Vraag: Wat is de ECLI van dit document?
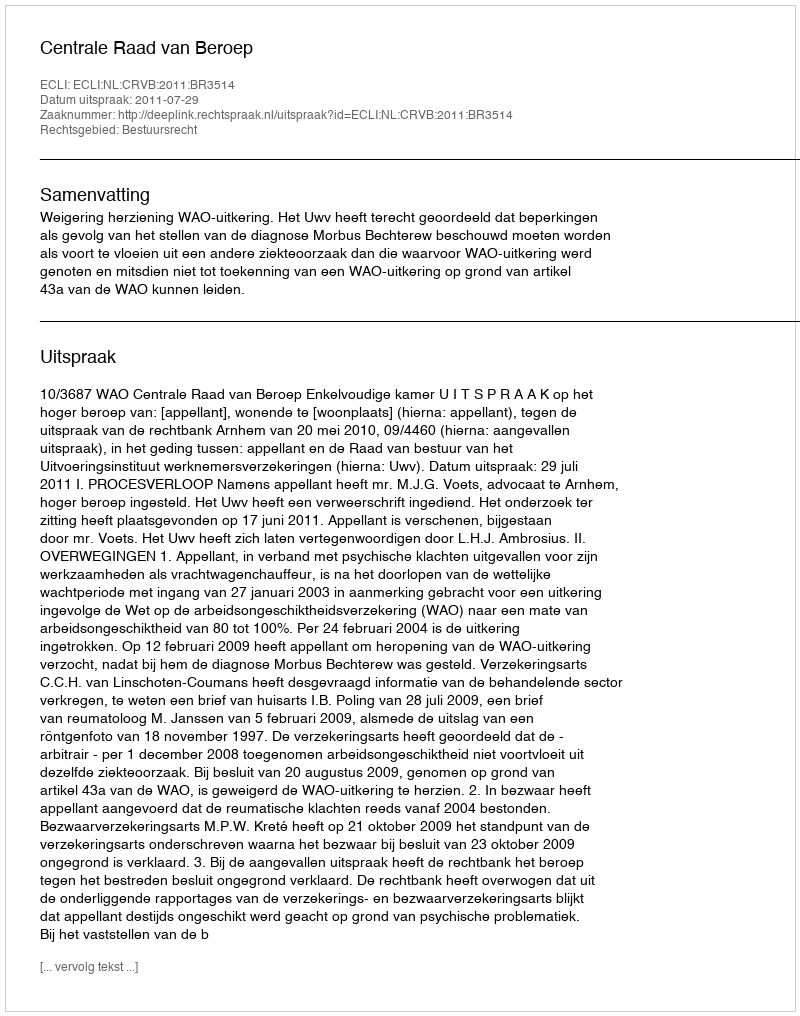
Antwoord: ECLI:NL:CRVB:2011:BR3514